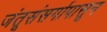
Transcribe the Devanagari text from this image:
जंतूसंसर्गापासून